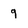
Character: 9